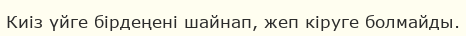
Киіз үйге бірдеңені шайнап, жеп кіруге болмайды.